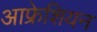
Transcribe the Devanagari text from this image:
आफ्रेशियन